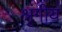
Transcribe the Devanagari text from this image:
श्रृंगीय